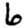
Digit: 6